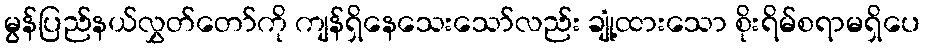
မွန်ပြည်နယ်လွှတ်တော်ကို ကျန်ရှိနေသေးသော်လည်း ချုံ့ထားသော စိုးရိမ်စရာမရှိပေ